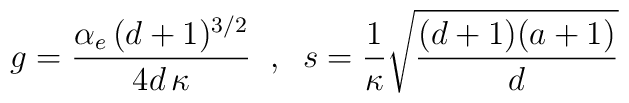
g={\alpha_{e}\, (d+1)^{3/2} \over  4d\, \kappa} \;\; , \;\; s={1\over  \kappa}{\sqrt {(d+1)(a+1)\over  d}}